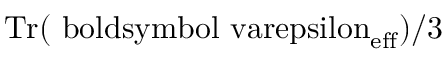
\mathrm { T r ( \ b o l d s y m b o l { \ v a r e p s i l o n } _ { \mathrm { e f f } } ) } / 3